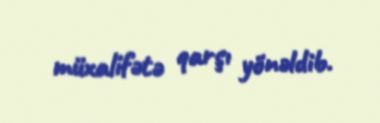
müxalifətə qarşı yönəldib.